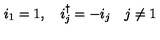
i _ { 1 } = 1 , \quad i _ { j } ^ { \dagger } = - i _ { j } \quad j \neq 1